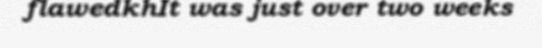
flawedkhIt was just over two weeks